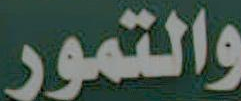
والتمور